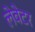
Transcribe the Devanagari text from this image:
लेवेटर